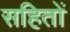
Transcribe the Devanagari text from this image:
सहितों